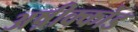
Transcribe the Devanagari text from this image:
अष़ीक्कोड